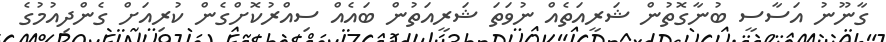
ގާނޫނު އަސާސީ ބުނާގޮތުން ޝަރީއަތެއް ނުވަތަ ޝަރީއަތުން ބައެއް ސިއްރުކޮށްގެން ކުރިއަށް ގެންދިއުމުގެ